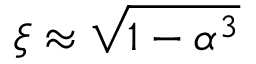
\xi \approx { \sqrt { 1 - \alpha ^ { 3 } } }